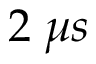
2 \; \mu s